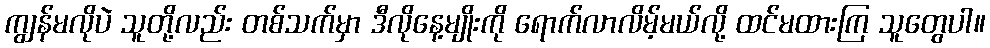
ကျွန်မလိုပဲ သူတို့လည်း တစ်သက်မှာ ဒီလိုနေ့မျိုးကို ရောက်လာလိမ့်မယ်လို့ ထင်မထားကြ သူတွေပါ။